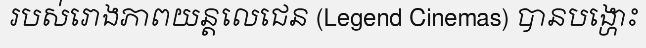
របស់រោងភាពយន្តលេជេន (Legend Cinemas) បានបង្ហោះ